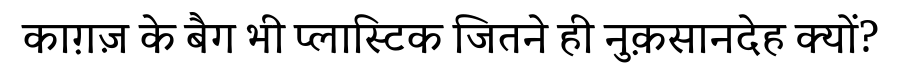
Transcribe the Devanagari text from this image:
काग़ज़ के बैग भी प्लास्टिक जितने ही नुक़सानदेह क्यों?